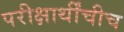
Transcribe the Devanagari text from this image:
परीक्षार्थींचीच